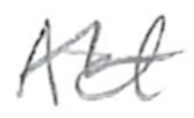
Text: Act
Cross-out: wave
Writing tool: pencil